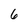
Character: 6